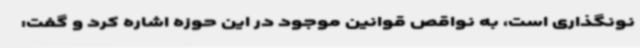
نونگذاری است، به نواقص قوانین موجود در این حوزه اشاره کرد و گفت: